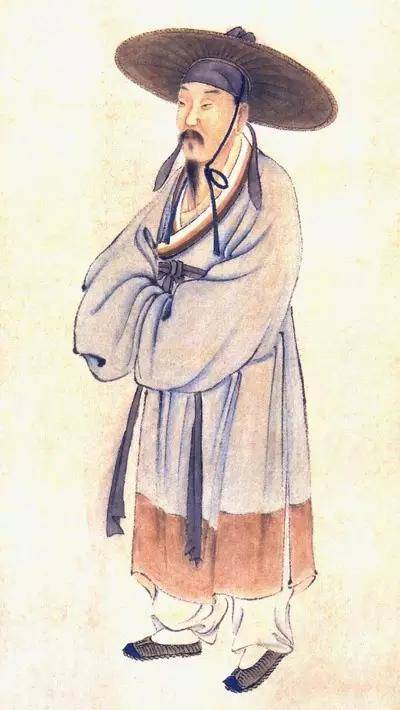
洞庭之东江水西，帘旌不动夕阳迟。